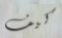
كيف